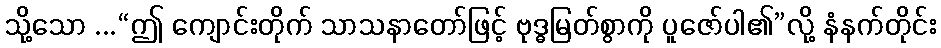
သို့သော ...“ဤ ကျောင်းတိုက် သာသနာတော်ဖြင့် ဗုဒ္ဓမြတ်စွာကို ပူဇော်ပါ၏”လို့ နံနက်တိုင်း